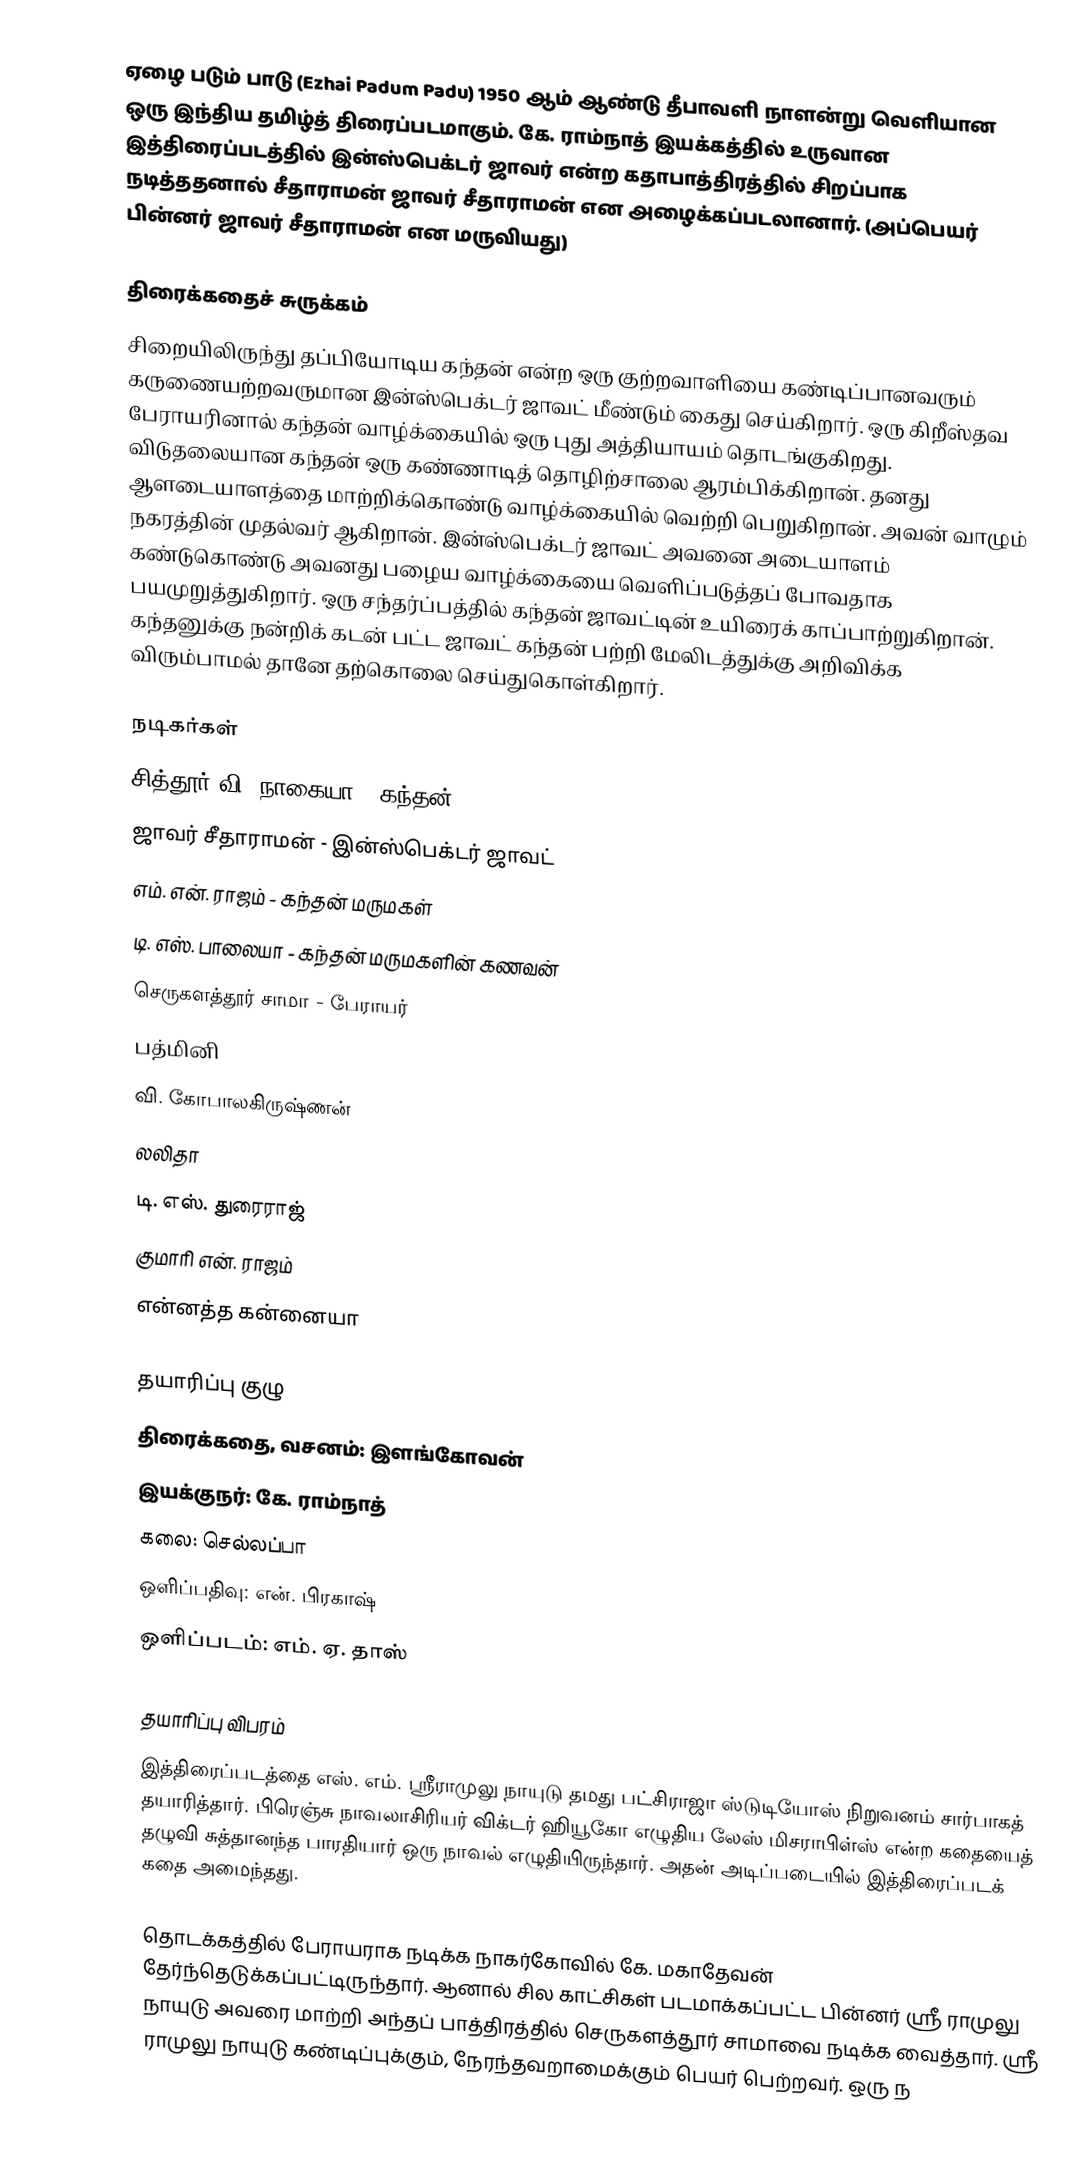
ஏழை படும் பாடு (Ezhai Padum Padu)  1950 ஆம் ஆண்டு தீபாவளி நாளன்று வெளியான ஒரு இந்திய தமிழ்த் திரைப்படமாகும். கே. ராம்நாத் இயக்கத்தில் உருவான இத்திரைப்படத்தில் இன்ஸ்பெக்டர் ஜாவர் என்ற கதாபாத்திரத்தில் சிறப்பாக நடித்ததனால் சீதாராமன் ஜாவர் சீதாராமன் என அழைக்கப்படலானார். (அப்பெயர் பின்னர் ஜாவர் சீதாராமன் என மருவியது)

திரைக்கதைச் சுருக்கம்
சிறையிலிருந்து தப்பியோடிய கந்தன் என்ற ஒரு குற்றவாளியை கண்டிப்பானவரும் கருணையற்றவருமான இன்ஸ்பெக்டர் ஜாவட் மீண்டும் கைது செய்கிறார். ஒரு கிறீஸ்தவ பேராயரினால் கந்தன் வாழ்க்கையில் ஒரு புது அத்தியாயம் தொடங்குகிறது. விடுதலையான கந்தன் ஒரு கண்ணாடித் தொழிற்சாலை ஆரம்பிக்கிறான். தனது ஆளடையாளத்தை மாற்றிக்கொண்டு வாழ்க்கையில் வெற்றி பெறுகிறான். அவன் வாழும் நகரத்தின் முதல்வர் ஆகிறான். இன்ஸ்பெக்டர் ஜாவட் அவனை அடையாளம் கண்டுகொண்டு அவனது பழைய வாழ்க்கையை வெளிப்படுத்தப் போவதாக பயமுறுத்துகிறார். ஒரு சந்தர்ப்பத்தில் கந்தன் ஜாவட்டின் உயிரைக் காப்பாற்றுகிறான். கந்தனுக்கு நன்றிக் கடன் பட்ட ஜாவட் கந்தன் பற்றி மேலிடத்துக்கு அறிவிக்க விரும்பாமல் தானே தற்கொலை செய்துகொள்கிறார்.

நடிகர்கள்
சித்தூர் வி. நாகையா   - கந்தன்
ஜாவர் சீதாராமன்    - இன்ஸ்பெக்டர் ஜாவட்
எம். என். ராஜம்	  - கந்தன் மருமகள்
டி. எஸ். பாலையா         - கந்தன் மருமகளின் கணவன்
செருகளத்தூர் சாமா     - பேராயர்
பத்மினி
வி. கோபாலகிருஷ்ணன்
லலிதா
டி. எஸ். துரைராஜ்
குமாரி என். ராஜம்
என்னத்த கன்னையா

தயாரிப்பு குழு
 திரைக்கதை, வசனம்: இளங்கோவன்
 இயக்குநர்: கே. ராம்நாத்
 கலை: செல்லப்பா
 ஒளிப்பதிவு: என். பிரகாஷ்
 ஒளிப்படம்: எம். ஏ. தாஸ்

தயாரிப்பு விபரம்
இத்திரைப்படத்தை எஸ். எம். ஸ்ரீராமுலு நாயுடு தமது பட்சிராஜா ஸ்டுடியோஸ் நிறுவனம் சார்பாகத் தயாரித்தார். பிரெஞ்சு நாவலாசிரியர் விக்டர் ஹியூகோ எழுதிய லேஸ் மிசராபிள்ஸ் என்ற கதையைத் தழுவி சுத்தானந்த பாரதியார் ஒரு நாவல் எழுதியிருந்தார். அதன் அடிப்படையில் இத்திரைப்படக் கதை அமைந்தது.

தொடக்கத்தில் பேராயராக நடிக்க நாகர்கோவில் கே. மகாதேவன் தேர்ந்தெடுக்கப்பட்டிருந்தார். ஆனால் சில காட்சிகள் படமாக்கப்பட்ட பின்னர் ஸ்ரீ ராமுலு நாயுடு அவரை மாற்றி அந்தப் பாத்திரத்தில் செருகளத்தூர் சாமாவை நடிக்க வைத்தார். ஸ்ரீ ராமுலு நாயுடு கண்டிப்புக்கும், நேரந்தவறாமைக்கும் பெயர் பெற்றவர். ஒரு ந